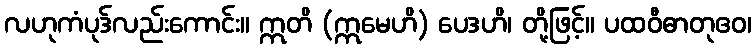
လဟုကံပုဒ်လည်းကောင်း။ ဣတိ (ဣမေဟိ) ပေဒဟိ၊ တို့ဖြင့်။ ပထဝီဓာတုဧဝ၊